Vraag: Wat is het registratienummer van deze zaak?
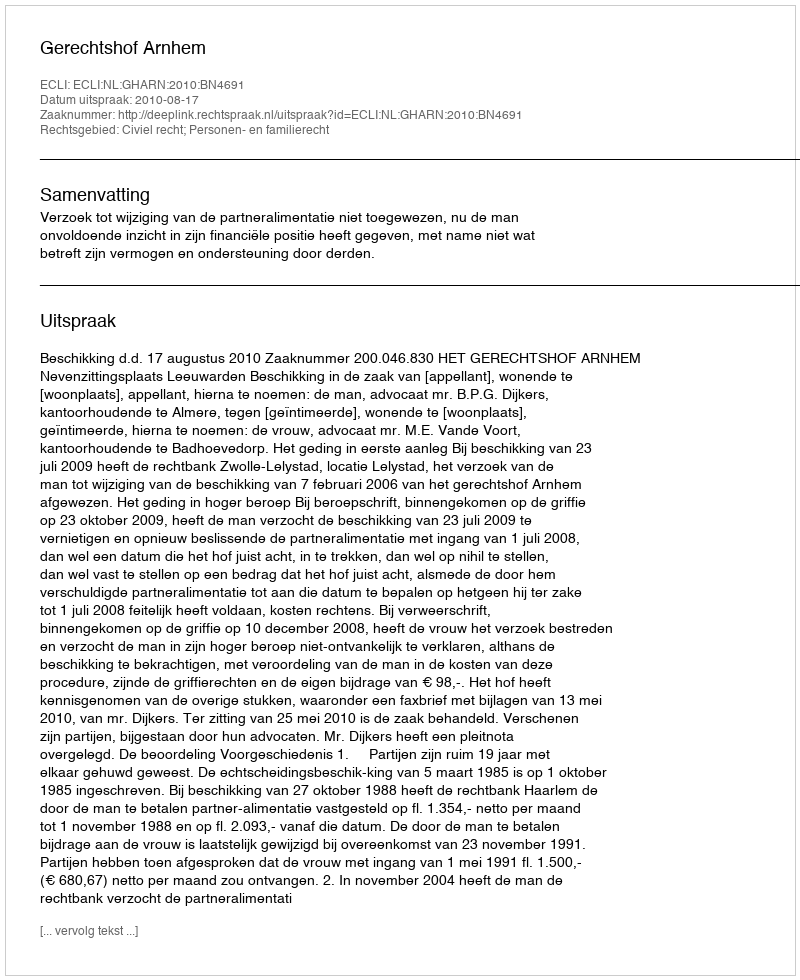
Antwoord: http://deeplink.rechtspraak.nl/uitspraak?id=ECLI:NL:GHARN:2010:BN4691